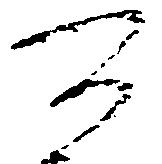
可